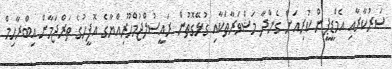
ސަރުކާރާއި އެމްޑީޕީން ކުރިއަށް ގެންދާ މަޝްވަރާތަކާއި ގުޅޭގޮތުން ރައީސުލްޖުމްހޫރިއްޔާގެ އޮފީހުގެ ތަރްޖަމާން އިބްރާހިމް